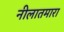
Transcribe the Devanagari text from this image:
नीलातमारा